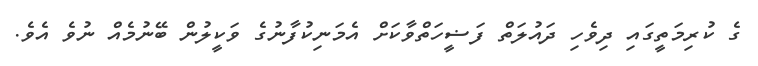
ގެ ކުރިމަތީގައި ދިވެހި ދައުލަތް ފަޟީހަތްވާކަށް އެމަނިކުފާނުގެ ވަކީލުން ބޭނުމެއް ނުވެ އެވެ.